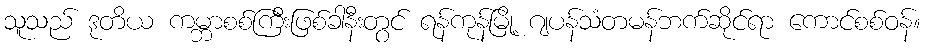
သူသည် ဒုတိယ ကမ္ဘာစစ်ကြီးဖြစ်ခါနီးတွင် ရန်ကုန်မြို့ ဂျပန်သံတမန်ဘက်ဆိုင်ရာ ကောင်စစ်ဝန်။